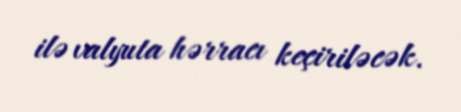
ilə valyuta hərracı keçiriləcək.